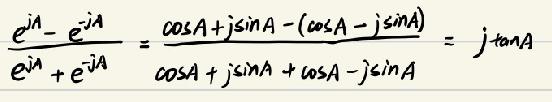
\[
\frac{e^{jA}-e^{-jA}}{e^{jA}+e^{-jA}}=\frac{\cos A + j\sin A - (\cos A - j\sin A)}{\cos A + j\sin A+\cos A - j\sin A}=j\tan A
\]